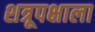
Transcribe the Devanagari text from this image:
शत्रूपक्षाला